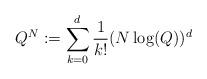
LaTeX: \begin{align*} Q^N:=\sum_{k=0}^d \frac{1}{k!}(N \log(Q))^d \end{align*}